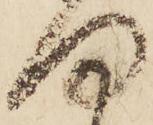
向